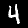
Digit: 4